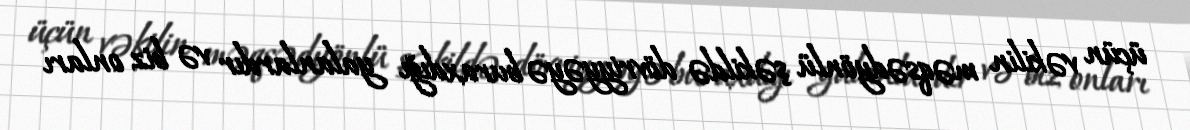
üçün vəkilin məqsədyönlü şəkildə dövriyyəyə buraxdığı yalanlardır və biz onları